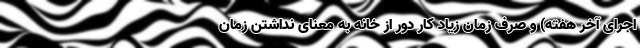
اجرای آخر هفته) و صرف زمان زیاد کار دور از خانه به معنای نداشتن زمان